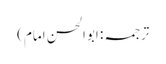
ترجمہ: اَبواَلحسن اِمام)